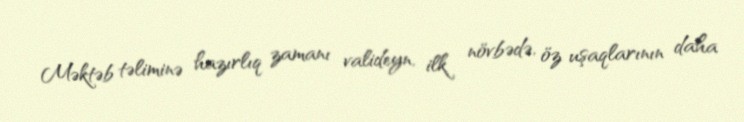
Məktəb təliminə hazırlıq zamanı valideyn, ilk növbədə, öz uşaqlarının daha